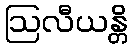
ဩလီယန္တိ